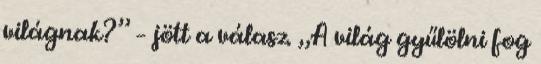
világnak?” – jött a válasz. „A világ gyűlölni fog